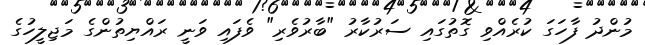
މުންދު ފާހަގަ ކުރެއްވި ގޮތުގައި ސަރުކާރު "ބާރުވެރި" ވެފައި ވަނީ ރައްޔިތުންގެ މަޖިލީހުގެ